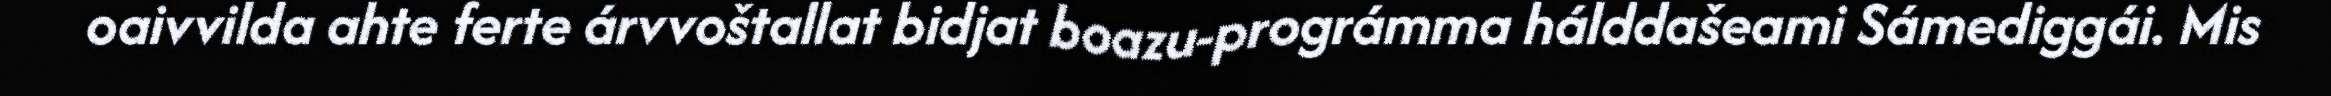
oaivvilda ahte ferte árvvoštallat bidjat boazu-prográmma hálddašeami Sámediggái. Mis